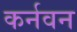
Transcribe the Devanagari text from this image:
कर्नवन